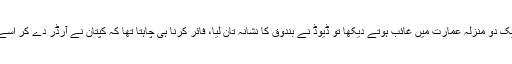
بچوں کو ایک دو منزلہ عمارت میں غائب ہوتے دیکھا تو ڈیوڈ نے بندوق کا نشانہ تان لیا، فائر کرنا ہی چاہتا تھا کہ کپتان نے آرڈر دے کر اسے روک لیا۔